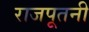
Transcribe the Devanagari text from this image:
राजपूतनी